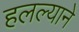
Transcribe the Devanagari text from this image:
हलल्याने